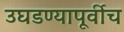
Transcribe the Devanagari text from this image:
उघडण्यापूर्वीच